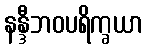
နန္ဒီဘဝပရိက္ခယာ